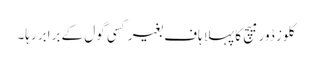
کلوز ڈور میچ کا پہلا ہاف بغیر کسی گول کے برابر رہا۔